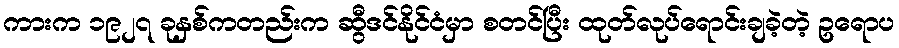
ကားက ၁၉၂၇ ခုနှစ်ကတည်းက ဆွီဒင်နိုင်ငံမှာ စတင်ပြီး ထုတ်လုပ်ရောင်းချခဲ့တဲ့ ဥရောပ